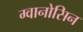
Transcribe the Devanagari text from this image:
ग्वानोसिन